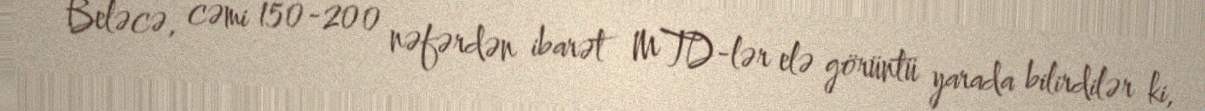
Beləcə, cəmi 150-200 nəfərdən ibarət MTD-lər elə görüntü yarada bilirdilər ki,